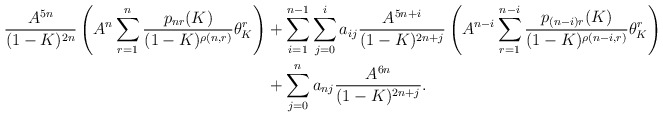
\begin{align*} \frac{A^{5n}}{(1-K)^{2n}}\left(A^n\sum_{r = 1}^n \frac{p_{nr}(K)}{(1-K)^{\rho(n,r)}}\theta_K^r\right)& + \sum_{i = 1}^{n-1}\sum_{j = 0}^i a_{ij}\frac{A^{5n + i}}{(1-K)^{2n+j}}\left(A^{n-i}\sum_{r = 1}^{n-i} \frac{p_{(n-i)r}(K)}{(1-K)^{\rho(n-i,r)}}\theta_K^r\right)\\&+\sum_{j=0}^n a_{nj}\frac{A^{6n}}{(1-K)^{2n+j}}.\end{align*}